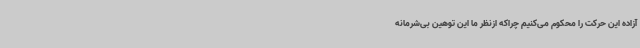
آزاده این حرکت را محکوم می‌کنیم چراکه ازنظر ما این توهین بی‌شرمانه